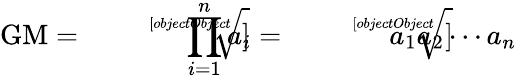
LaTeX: {\mathrm{GM}}={\sqrt[[objectObject]]{\prod_{i=1}^{n}a_{i}}}={\sqrt[[objectObject]]{a_{1}a_{2}\cdots a_{n}}}